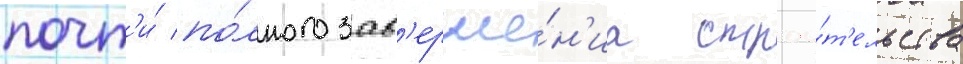
почт'и́ по́лного зав'ерше́н'иа строи́т'ельства